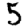
Digit: 5